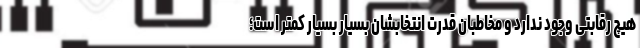
هیچ رقابتی وجود ندارد و مخاطبان قدرت انتخابشان بسیار بسیار کمتر است؛